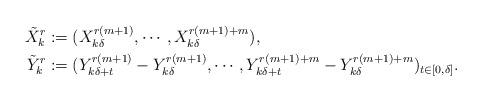
LaTeX: \begin{align*}\tilde X_k^r &:= (X_{k\delta}^{r(m+1)},\cdots,X_{k\delta}^{r(m+1)+m}),\\\tilde Y_k^r &:= (Y_{k\delta+t}^{r(m+1)}-Y_{k\delta}^{r(m+1)},\cdots,Y_{k\delta+t}^{r(m+1)+m}-Y_{k\delta}^{r(m+1)+m})_{t\in[0,\delta]}.\end{align*}